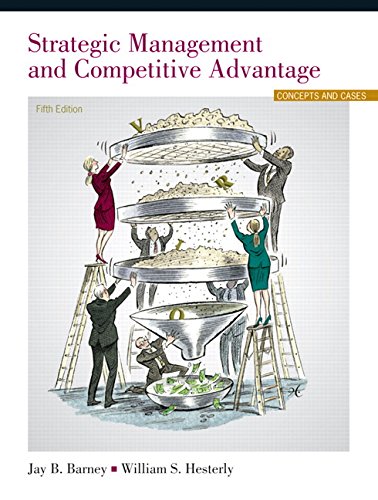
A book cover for Strategic Management and Competitive Advantage: Concepts and Cases (5th Edition); Jay B. Barney; Business & Money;